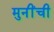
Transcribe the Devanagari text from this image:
मुनींची